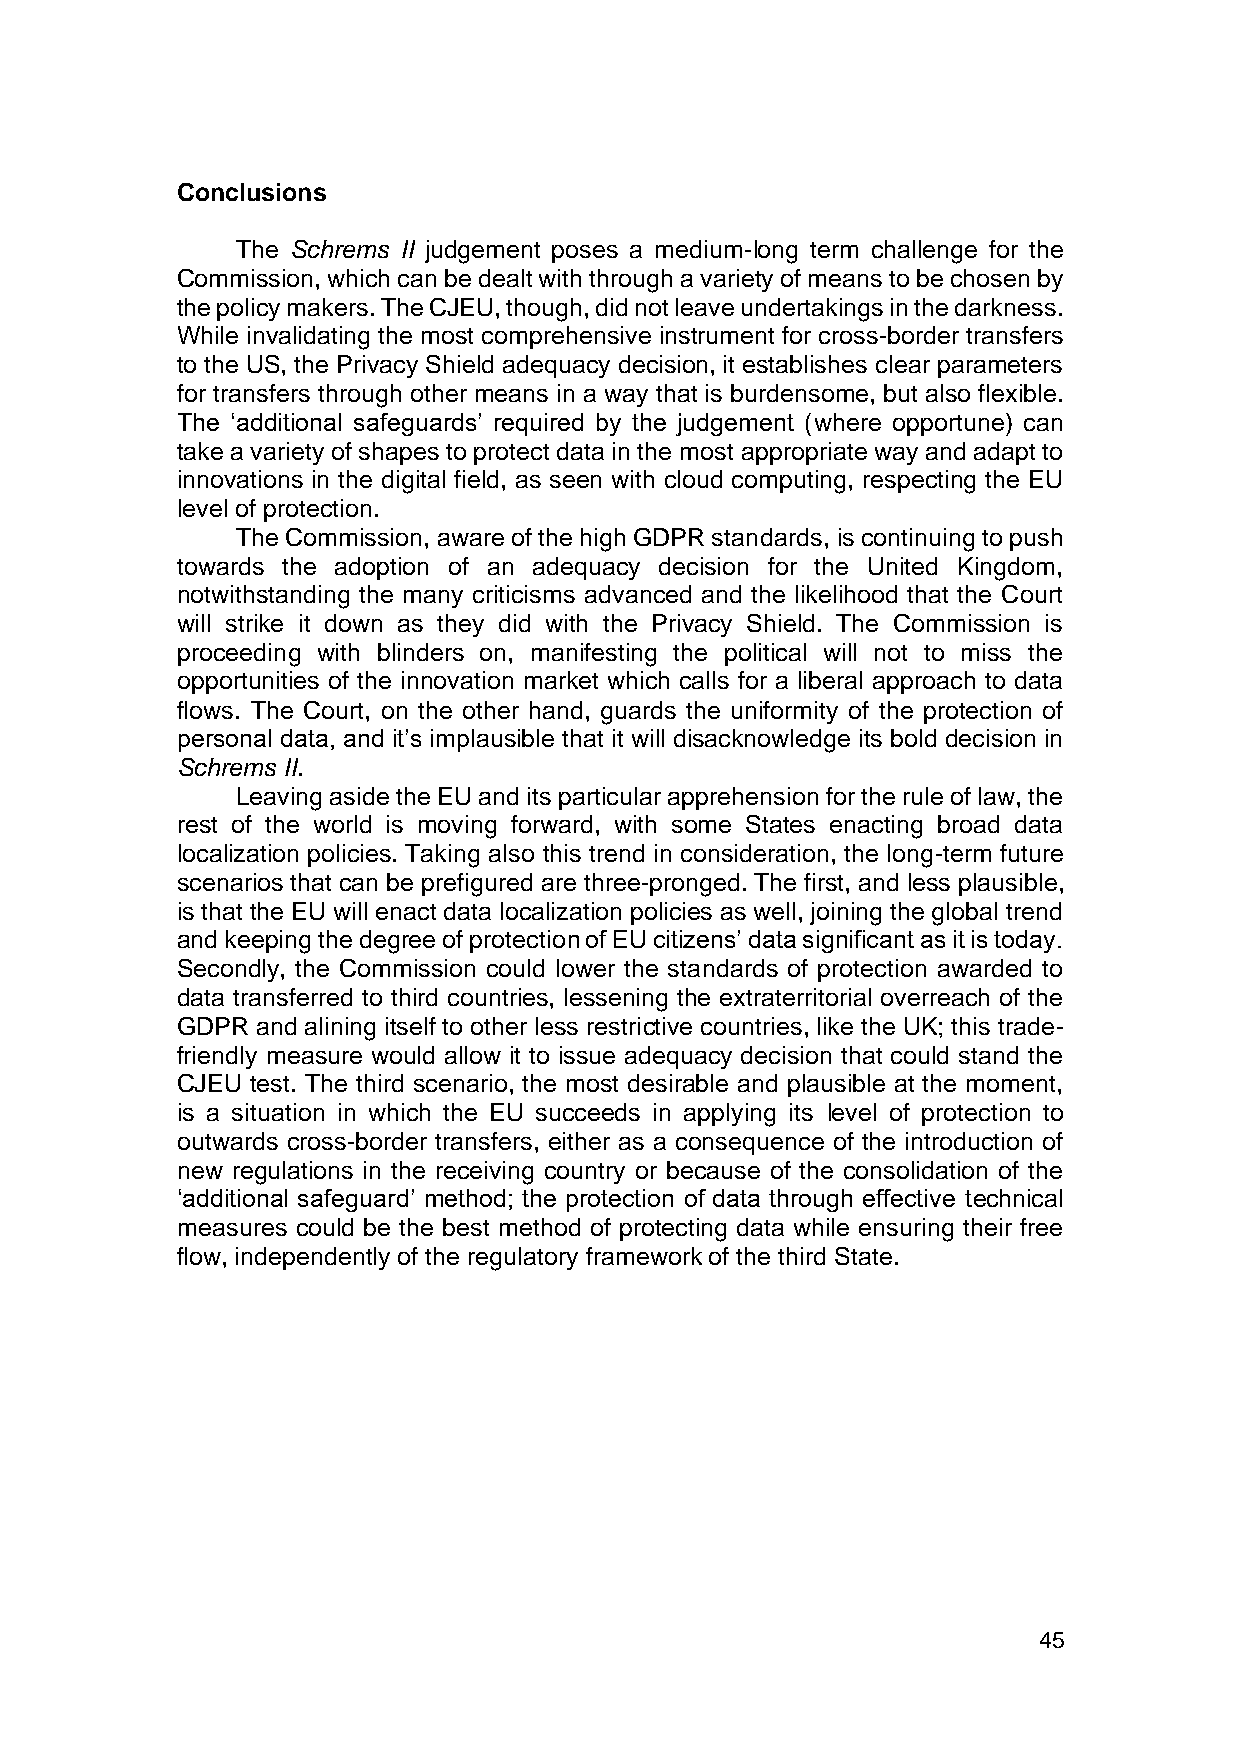
Conclusions
 The Schrems II judgement poses a medium-long term challenge for the
 Commission, which can be dealt with through a variety of means to be chosen by
 the policy makers. The CJEU, though, did not leave undertakings in the darkness.
 While invalidating the most comprehensive instrument for cross-border transfers
 to the US, the Privacy Shield adequacy decision, it establishes clear parameters
 for transfers through other means in a way that is burdensome, but also flexible.
 The ‘additional safeguards’ required by the judgement (where opportune) can
 take a variety of shapes to protect data in the most appropriate way and adapt to
 innovations in the digital field, as seen with cloud computing, respecting the EU
 level of protection.
 The Commission, aware of the high GDPR standards, is continuing to push
 towards the adoption of an adequacy decision for the United Kingdom,
 notwithstanding the many criticisms advanced and the likelihood that the Court
 will strike it down as they did with the Privacy Shield. The Commission is
 proceeding with blinders on, manifesting the political will not to miss the
 opportunities of the innovation market which calls for a liberal approach to data
 flows. The Court, on the other hand, guards the uniformity of the protection of
 personal data, and it’s implausible that it will disacknowledge its bold decision in
 Schrems II.
 Leaving aside the EU and its particular apprehension for the rule of law, the
 rest of the world is moving forward, with some States enacting broad data
 localization policies. Taking also this trend in consideration, the long-term future
 scenarios that can be prefigured are three-pronged. The first, and less plausible,
 is that the EU will enact data localization policies as well, joining the global trend
 and keeping the degree of protection of EU citizens’ data significant as it is today.
 Secondly, the Commission could lower the standards of protection awarded to
 data transferred to third countries, lessening the extraterritorial overreach of the
 GDPR and alining itself to other less restrictive countries, like the UK; this trade-
 friendly measure would allow it to issue adequacy decision that could stand the
 CJEU test. The third scenario, the most desirable and plausible at the moment,
 is a situation in which the EU succeeds in applying its level of protection to
 outwards cross-border transfers, either as a consequence of the introduction of
 new regulations in the receiving country or because of the consolidation of the
 ‘additional safeguard’ method; the protection of data through effective technical
 measures could be the best method of protecting data while ensuring their free
 flow, independently of the regulatory framework of the third State.
 45